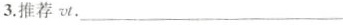
3.推荐vt.___